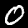
Digit: 0